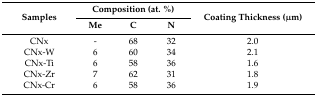
<table><thead><tr><td rowspan="2"><b>Samples</b></td><td colspan="3"><b>Composition (at. %)</b></td><td rowspan="2"><b>Coating Thickness (μm)</b></td></tr><tr><td><b>Me</b></td><td><b>C</b></td><td><b>N</b></td></tr></thead><tbody><tr><td>CNx</td><td>-</td><td>68</td><td>32</td><td>2.0</td></tr><tr><td>CNx-W</td><td>6</td><td>60</td><td>34</td><td>2.1</td></tr><tr><td>CNx-Ti</td><td>6</td><td>58</td><td>36</td><td>1.6</td></tr><tr><td>CNx-Zr</td><td>7</td><td>62</td><td>31</td><td>1.8</td></tr><tr><td>CNx-Cr</td><td>6</td><td>58</td><td>36</td><td>1.9</td></tr></tbody></table>